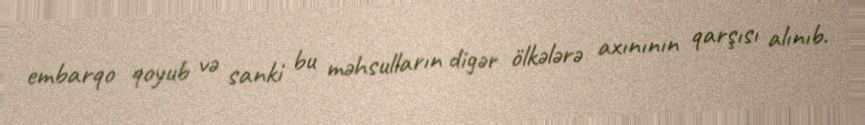
embarqo qoyub və sanki bu məhsulların digər ölkələrə axınının qarşısı alınıb.